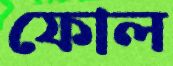
ফোল